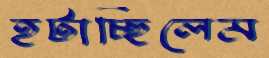
হটাচ্ছিলেম